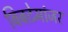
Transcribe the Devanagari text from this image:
बिबटेमांजर